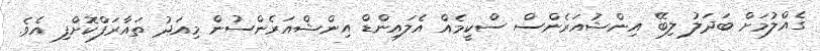
ގެއްލުމަށް ބަދަލު ލިބޭ އިންޝުއަރެންސް ސްކީމެއް އެލައިންޑް އިންޝްއަރެންސުން މިއަދު ތައާރަފްކޮށްފި އެވެ.